Lock hospitals Punjab
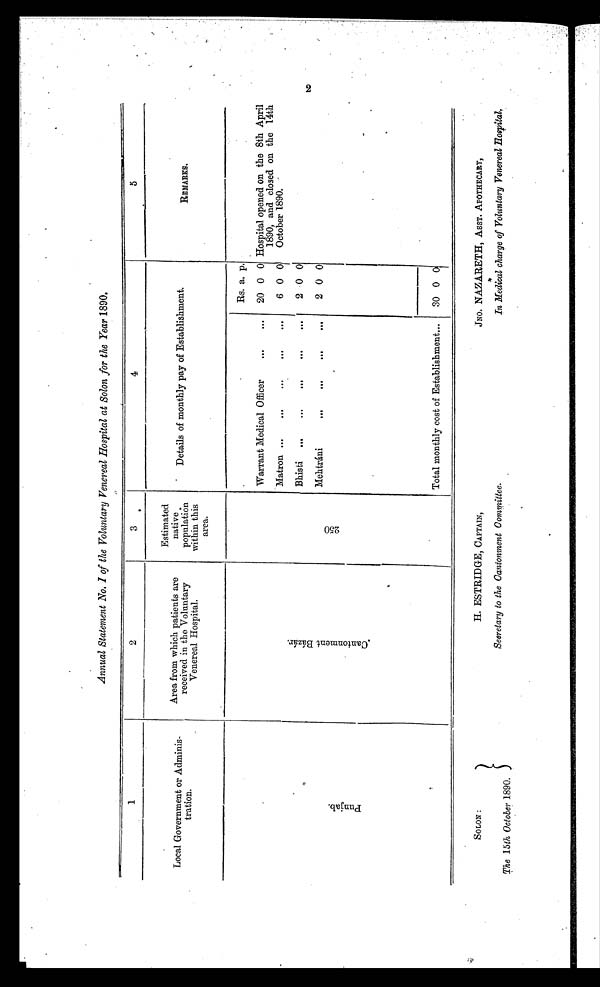
SO LON :
The 15th October 1890.
H. ESTRIDGE, CAPTAIN,
Secretary to the Cantonment Committee.
JNO. NAZARETH, ASST. APOTHECARY,
In Medical charge of Voluntary Venereal Hospital.
Annual Statement No. I of the Voluntary Venereal Hospital at Solon for the Year 1890.
1
2
3
4
5
Local Government or Adminis-
tration.
Area from which patients are
received in the Voluntary
Venereal Hospital.
Estimated
native
population
within this
area.
Details of monthly pay of Establishment.
REMARKS.
P u n j a b .
C a n t o n m e n t B á z á r .
2 5 0
.
Rs. a. p.
. Hospital opened on the 8th April
1890, and closed on the 14th
October 1890.
Warrant Medical Officer
...
...
20 0 0
Matron ...
...
...
. . .
. . .
6 0 0
Bhisti
...
...
...
. . .
. . .
2 0 0
Mehtrani
... ...
. . .
. . .
2 0 0
Total monthly cost of Establishment...
30 0 0